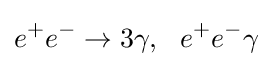
e^{+}e^{-}\to 3\gamma ,~~e^{+}e^{-}\gamma